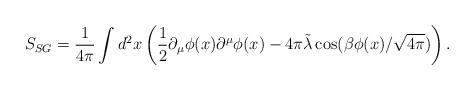
LaTeX: \begin{align*} S_{SG}=\frac{1}{4\pi}\int d^2x \left(\frac{1}{2}\partial_\mu \phi(x)\partial^\mu \phi(x)-4\pi \tilde{\lambda} \cos (\beta \phi(x)/\sqrt{4\pi})\right).\end{align*}